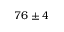
7 6 \pm 4